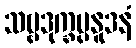
သဗ္ဗဒုက္ခပ္ပနူဒနံ